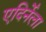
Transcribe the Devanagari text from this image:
एदिर्नेला